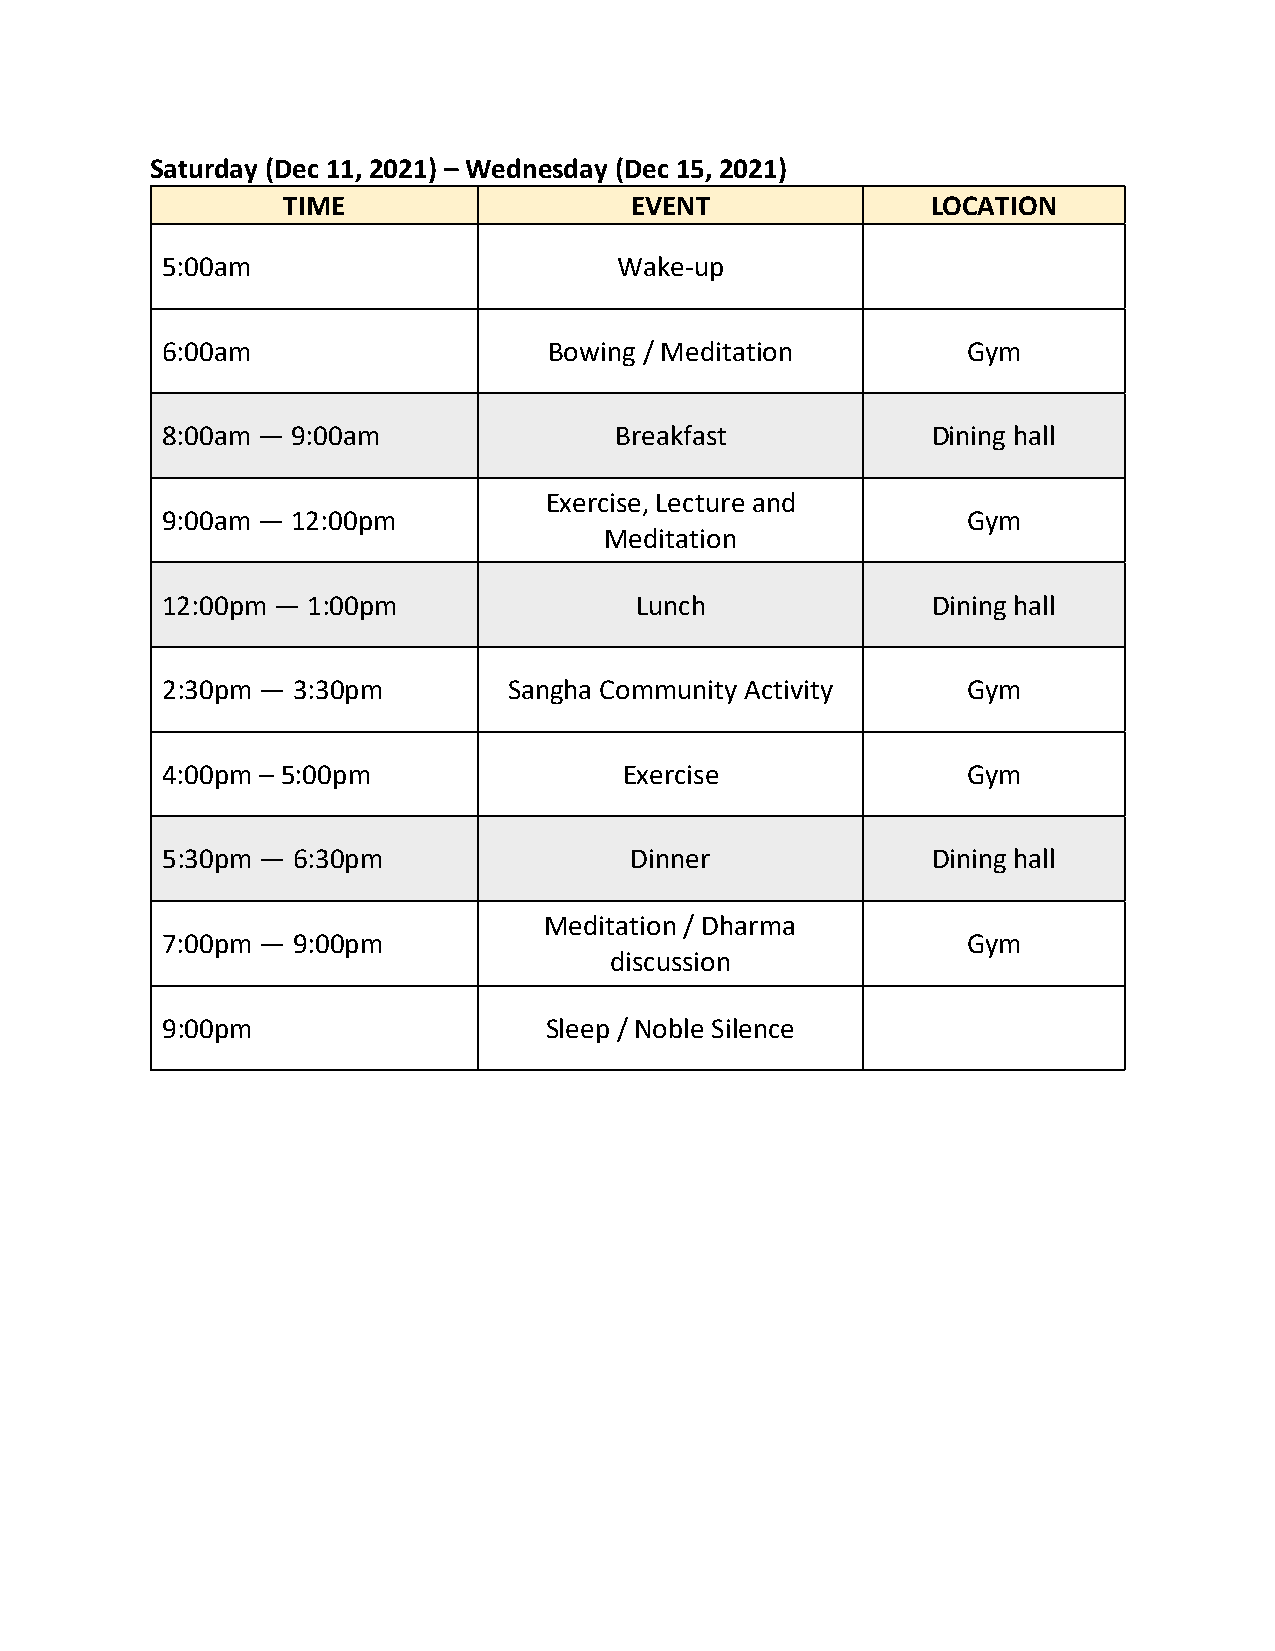
Saturday (Dec 11, 2021) – Wednesday (Dec 15, 2021)
 TIME                   EVENT               LOCATION
 5:00am                        Wake-up
 6:00am                   Bowing / Meditation         Gym
 8:00am — 9:00am               Breakfast            Dining hall
 Exercise, Lecture and
 9:00am — 12:00pm                                     Gym
 Meditation
 12:00pm — 1:00pm               Lunch               Dining hall
 2:30pm — 3:30pm        Sangha Community Activity     Gym
 4:00pm – 5:00pm               Exercise               Gym
 5:30pm — 6:30pm                Dinner              Dining hall
 Meditation / Dharma
 7:00pm — 9:00pm                                      Gym
 discussion
 9:00pm                   Sleep / Noble Silence